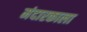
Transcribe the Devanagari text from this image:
मंदारकाला